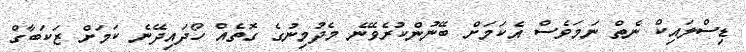
ޑިސްލައިކް ނެތް ނަމަވެސް އެކަމަށް ބޭނުންކުރެވޭނެ މެދުމިނުގެ ގޮތެއް ހޯދައިދޭނެ ކަމަށް ޒަކަބާގް